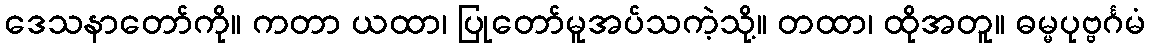
ဒေသနာတော်ကို။ ကတာ ယထာ၊ ပြုတော်မူအပ်သကဲ့သို့။ တထာ၊ ထိုအတူ။ ဓမ္မပုဗ္ဗင်္ဂမံ